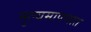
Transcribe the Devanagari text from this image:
मुल्यमापणात